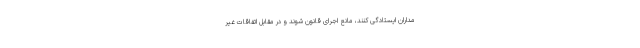
مداران ایستادگی کنند، مانع اجرای قانون شوند و در مقابل اتفاقات غیر